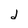
Character: d